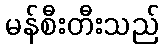
မန်စီးတီးသည်